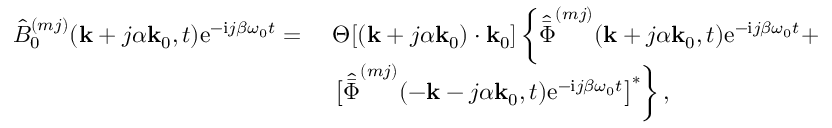
\begin{array} { r l } { \hat { B } _ { 0 } ^ { ( m j ) } ( \mathbf { k } + j \alpha \mathbf { k } _ { 0 } , t ) \mathrm { e } ^ { - \mathrm { i } j \beta \omega _ { 0 } t } = ~ } & { \Theta [ ( \mathbf { k } + j \alpha \mathbf { k } _ { 0 } ) \cdot \mathbf { k } _ { 0 } ] \left\{ \hat { \bar { \Phi } } ^ { ( m j ) } ( \mathbf { k } + j \alpha \mathbf { k } _ { 0 } , t ) \mathrm { e } ^ { - \mathrm { i } j \beta \omega _ { 0 } t } + \right. } \\ & { \left. \big [ \hat { \bar { \Phi } } ^ { ( m j ) } ( - \mathbf { k } - j \alpha \mathbf { k } _ { 0 } , t ) \mathrm { e } ^ { - \mathrm { i } j \beta \omega _ { 0 } t } \big ] ^ { * } \right\} , } \end{array}